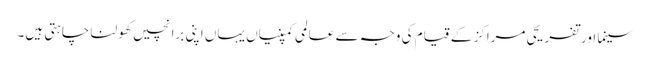
سینما اور تفریحی مراکز کے قیام کی وجہ سے عالمی کمپنیاں یہاں اپنی برانچیں کھولنا چاہتی ہیں۔